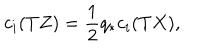
c _ { i } ( T Z ) = \frac { 1 } { 2 } q _ { * } c _ { i } ( T X ) ,